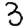
Digit: 3